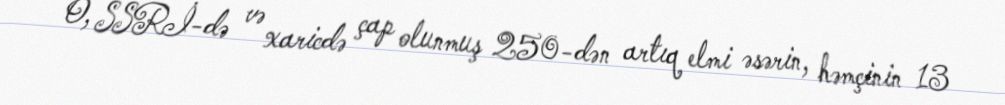
O, SSRİ-də və xaricdə çap olunmuş 250-dən artıq elmi əsərin, həmçinin 13